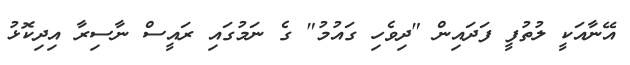
އޭނާއަކީ ލުތުފީ ފަދައިން "ދިވެހި ގައުމު" ގެ ނަމުގައި ރައީސް ނާސިރާ އިދިކޮޅު